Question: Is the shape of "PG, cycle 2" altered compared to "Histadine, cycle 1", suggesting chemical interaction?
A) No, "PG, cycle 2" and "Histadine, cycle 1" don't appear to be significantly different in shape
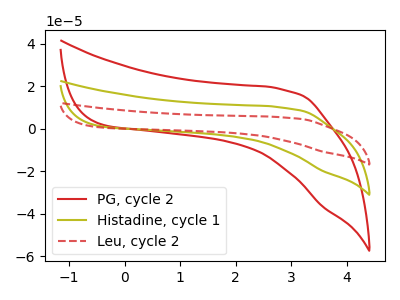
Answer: <think>The red curve "PG, cycle 2" has no peaks. The olive curve "Histadine, cycle 1" has no peaks. The red dashed curve "Leu, cycle 2" has no peaks.
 Neither "PG, cycle 2" or "Histadine, cycle 1" have any peaks.</think>
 <answer>A) No, "PG, cycle 2" and "Histadine, cycle 1" don't appear to be significantly different in shape</answer>
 <eval>A</eval>